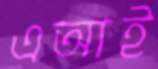
এআই